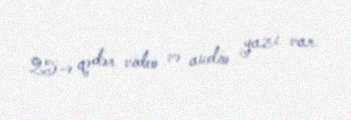
25-ə qədər video və audio yazı var.